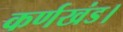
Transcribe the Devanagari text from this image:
कर्णखंड।